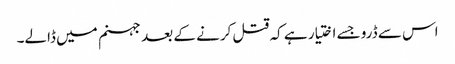
اس سے ڈرو جسے اختیار ہے کہ قتل کرنے کے بعد جہنم میں ڈالے۔